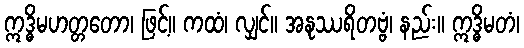
ဣဒ္ဓိမဟတ္တတော၊ ဖြင့်။ ကထံ၊ လျှင်။ အနုဿရိတဗ္ဗံ၊ နည်း။ ဣဒ္ဓိမတံ၊